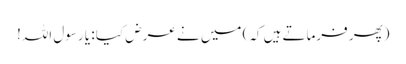
(پھر فرماتے ہیں کہ) میں نے عرض کیا : یا رسول اللہ!